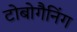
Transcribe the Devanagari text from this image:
टोबोगैनिंग